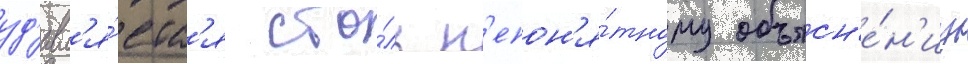
уд'ивл'я́етс'я сто́ль н'епон'я́тному объясн'е́н'иу